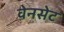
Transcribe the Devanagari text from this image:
वेनसेट